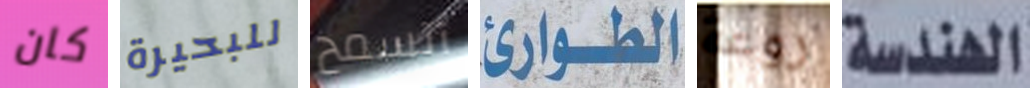
كان للبحيرة أتسمح الطوارئ روعة الهندسة